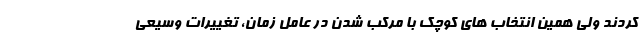
کردند ولی همین انتخاب های کوچک با مرکب شدن در عامل زمان، تغییرات وسیعی